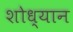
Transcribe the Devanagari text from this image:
शोध्यान